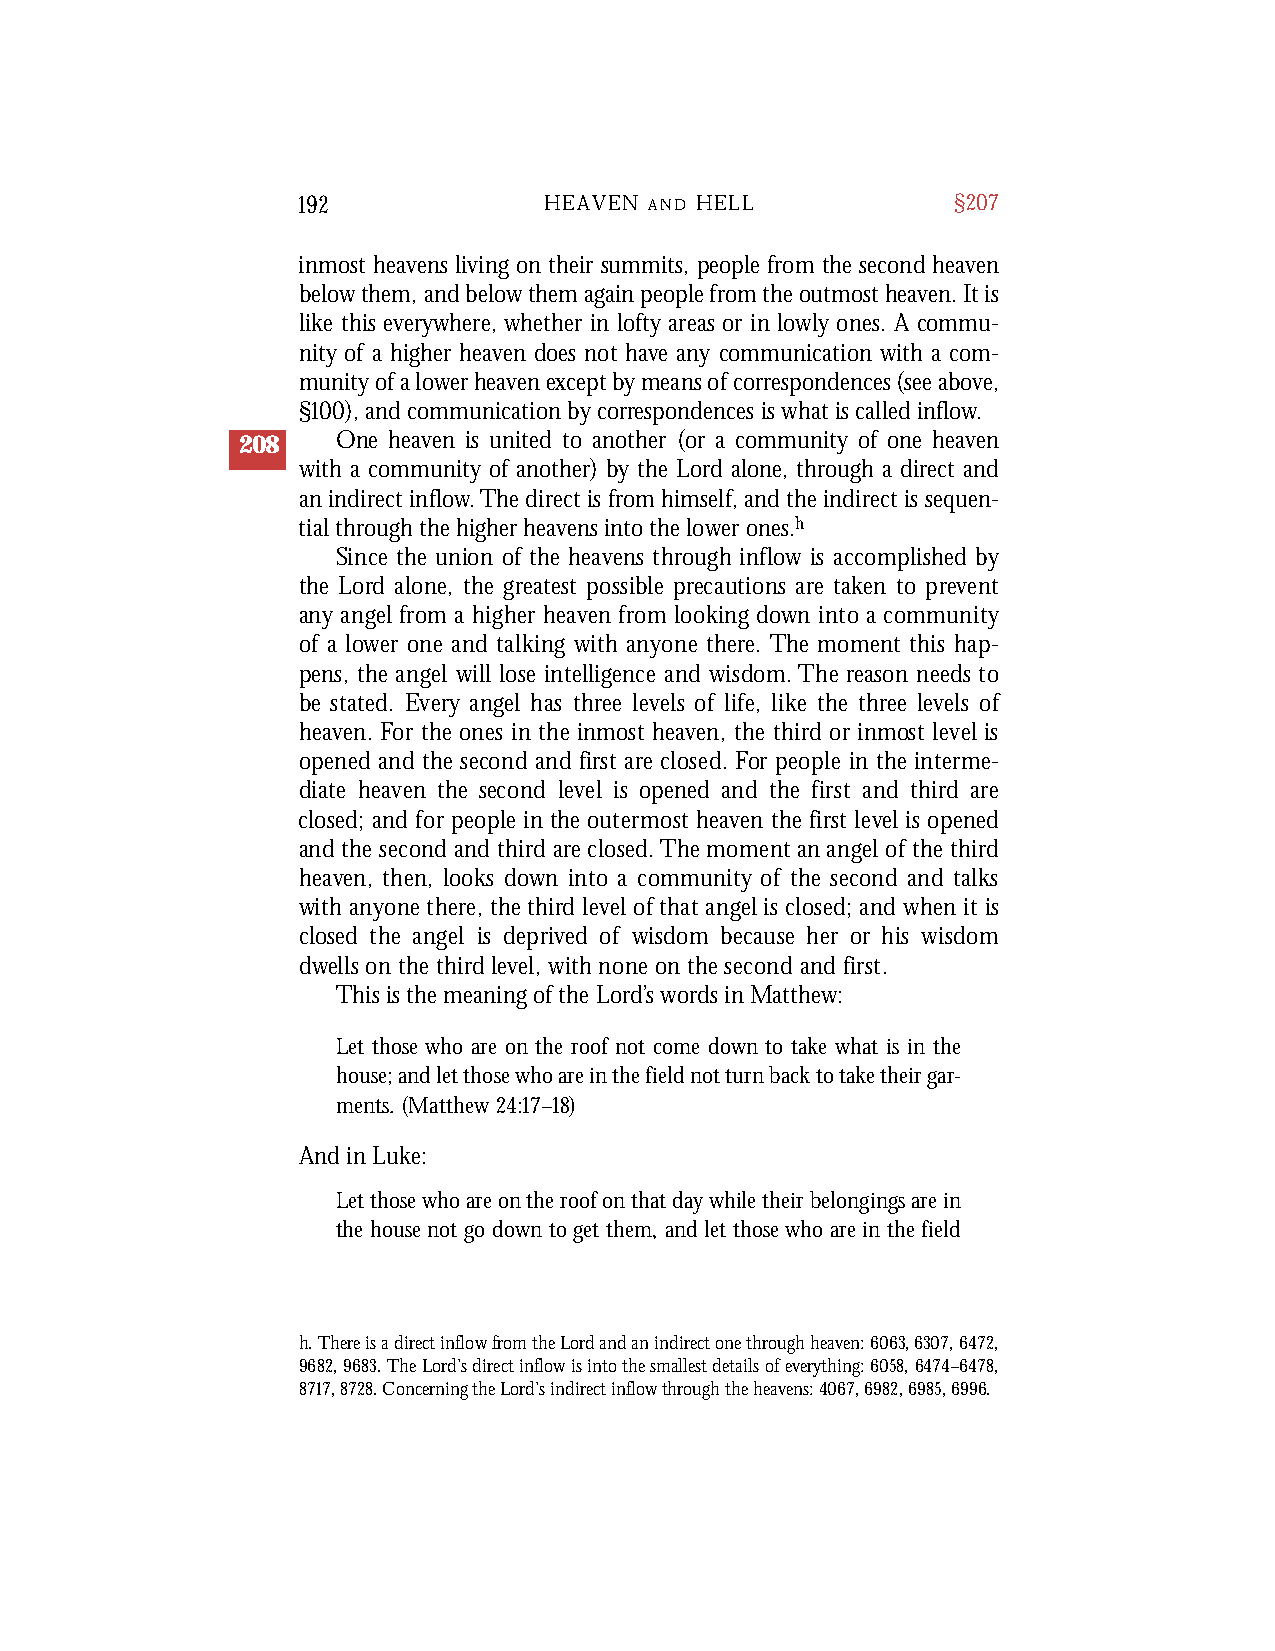
192             HEAVEN A N D H E L L       §207
 inmost heavens living on their summits, people from the second heaven
 belowthem,andbelowthemagainpeoplefromtheoutmostheaven.Itis
 like this everywhere, whether in lofty areas or in lowly ones. A commu-
 nity of a higher heaven does not have any communication with a com-
 munityofalowerheavenexceptbymeansofcorrespondences(seeabove,
 §100),andcommunicationbycorrespondences iswhatis called inflow.
 208   One heaven is united to another (or a community of one heaven
 with a community of another) by the Lord alone, through a direct and
 an indirect inflow.The direct is from himself, and the indirect is sequen-
 tial through the higher heavens into the lower ones.h
 Since the union of the heavens through inflow is accomplished by
 the Lord alone, the greatest possible precautions are taken to pre ve n t
 any angel from a higher heaven from looking down into a community
 of a lower one and talking with anyone there. The moment this hap-
 pens, the angel will lose intelligence and wisdom. The reason needs to
 be stated. Eve ry angel has three levels of life, like the three levels of
 h e a ven. For the ones in the inmost heaven, the third or inmost level is
 opened and the second and first are closed. For people in the interme-
 diate heaven the second level is opened and the first and third are
 closed; and for people in the outermost heaven the first level is opened
 and the second and third are closed. The moment an angel of the third
 h e a ven, then, looks down into a community of the second and talks
 with anyone there, the third level of that angel is closed; and when it is
 closed the angel is deprived of wisdom because her or his wisdom
 d wells on the third level, with none on the second and first.
 This is the meaning of the Lord’s words in Matthew:
 Let those who are on the roof not come down to take what is in the
 house; and let those who are in the field not turn back to take their gar-
 ments. (Matthew 24:17–18)
 And in Luke:
 Let those who are on the roof on that day while their belongings are in
 the house not go down to get them, and let those who are in the field
 h. There is a direct inflow from the Lord and an indirect one through heaven: 6063,6307,6472,
 9682,9683. The Lord’s direct inflow is into the smallest details of everything: 6058,6474–6478,
 8717, 8728. Concerning the Lord’s indirect inflow through the heavens: 4067, 6982, 6985, 6996.